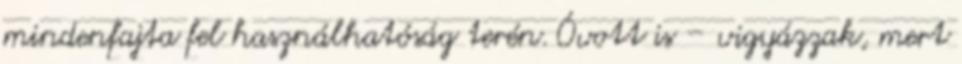
minden­faj­ta fel hasz­nálhatóság terén. Óvott is – vigyázzak, mert